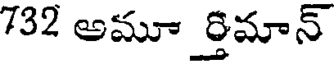
732 అమూ ర్తిమాన్